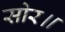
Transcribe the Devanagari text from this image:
सोर॥